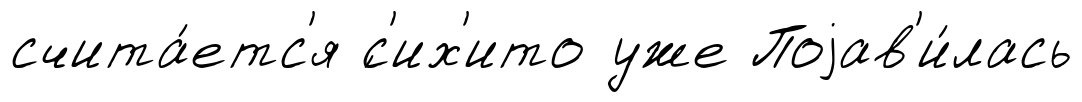
счита́етс'я ́с'их'ито уже Поjав'и́лась